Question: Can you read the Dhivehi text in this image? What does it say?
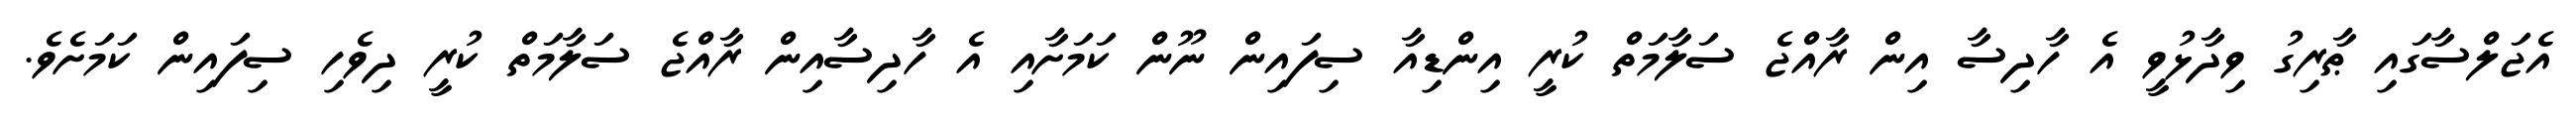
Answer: އެޖަލްސާގައި ޠާރިގު ވިދާޅުވީ އެ ހާދިސާ އިން ރާއްޖެ ސަލާމަތް ކުރީ އިންޑިއާ ސިފައިން ނޫން ކަމަށާއި އެ ހާދިސާއިން ރާއްޖެ ސަލާމަތް ކުރީ ދިވެހި ސިފައިން ކަމަށެވެ.